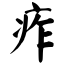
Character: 痄